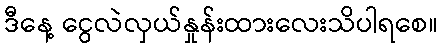
ဒီနေ့ ငွေလဲလှယ်နှုန်းထားလေးသိပါရစေ။